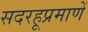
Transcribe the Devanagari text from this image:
सदरहूप्रमाणें